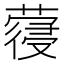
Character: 𮑈